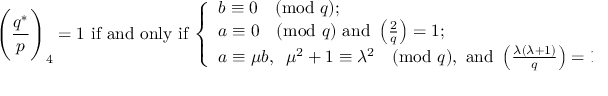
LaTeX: { \Bigg ( } { \frac { q ^ { * } } { p } } { \Bigg ) } _ { 4 } = 1 { \mathrm { ~ i f ~ a n d ~ o n l y ~ i f ~ } } { \left\{ \begin{array} { l l } { b \equiv 0 { \pmod { q } } ; } & { { \mathrm { ~ o r ~ } } } \\ { a \equiv 0 { \pmod { q } } { \mathrm { ~ a n d ~ } } \left( { \frac { 2 } { q } } \right) = 1 ; } & { { \mathrm { ~ o r ~ } } } \\ { a \equiv \mu b , \; \; \mu ^ { 2 } + 1 \equiv \lambda ^ { 2 } { \pmod { q } } { \mathrm { , ~ a n d ~ } } \left( { \frac { \lambda ( \lambda + 1 ) } { q } } \right) = 1 . } \end{array} \right. }